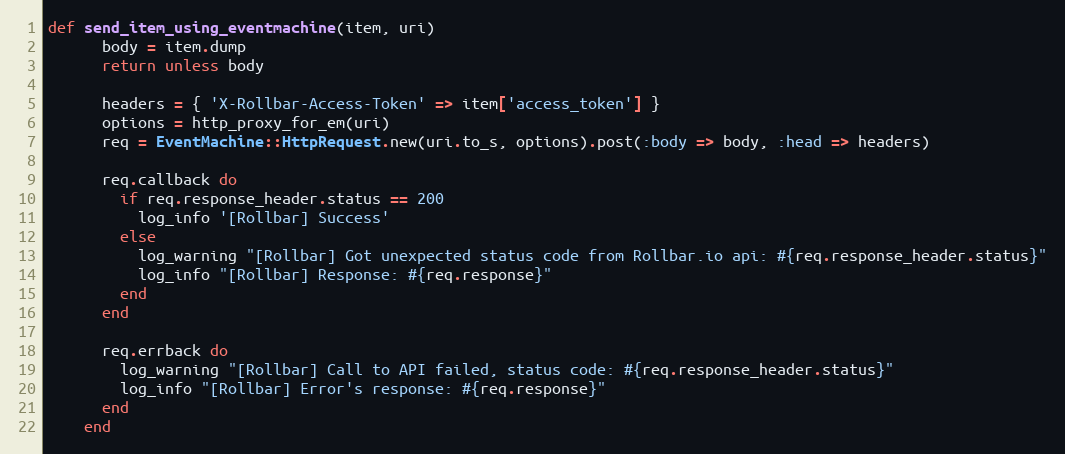
Language: Ruby
def send_item_using_eventmachine(item, uri)
      body = item.dump
      return unless body

      headers = { 'X-Rollbar-Access-Token' => item['access_token'] }
      options = http_proxy_for_em(uri)
      req = EventMachine::HttpRequest.new(uri.to_s, options).post(:body => body, :head => headers)

      req.callback do
        if req.response_header.status == 200
          log_info '[Rollbar] Success'
        else
          log_warning "[Rollbar] Got unexpected status code from Rollbar.io api: #{req.response_header.status}"
          log_info "[Rollbar] Response: #{req.response}"
        end
      end

      req.errback do
        log_warning "[Rollbar] Call to API failed, status code: #{req.response_header.status}"
        log_info "[Rollbar] Error's response: #{req.response}"
      end
    end